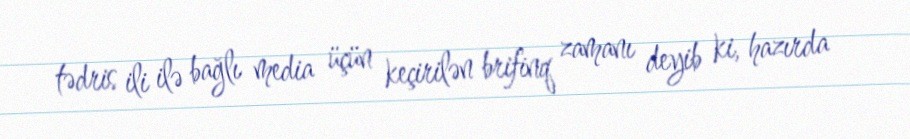
tədris ili ilə bağlı media üçün keçirilən brifinq zamanı deyib ki, hazırda